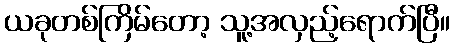
ယခုတစ်ကြိမ်တော့ သူ့အလှည့်ရောက်ပြီ။